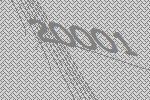
20001